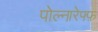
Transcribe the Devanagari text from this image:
पोल्नारेफ्फ़